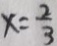
x = \frac { 2 } { 3 }